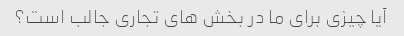
آیا چیزی برای ما در بخش های تجاری جالب است؟